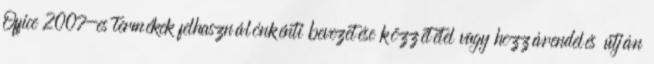
Office 2007-es termékek felhasználónkénti bevezetése közzététel vagy hozzárendelés útján